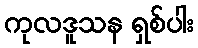
ကုလဒူသန ရှစ်ပါး